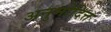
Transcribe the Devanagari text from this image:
अनुमोदित्त